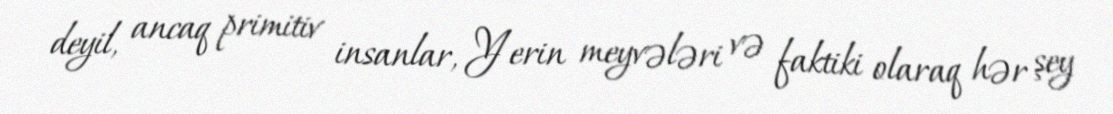
deyil, ancaq primitiv insanlar, Yerin meyvələri və faktiki olaraq hər şey